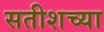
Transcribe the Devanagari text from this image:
सतीशच्या